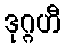
ဒုဂ္ဂဟီ